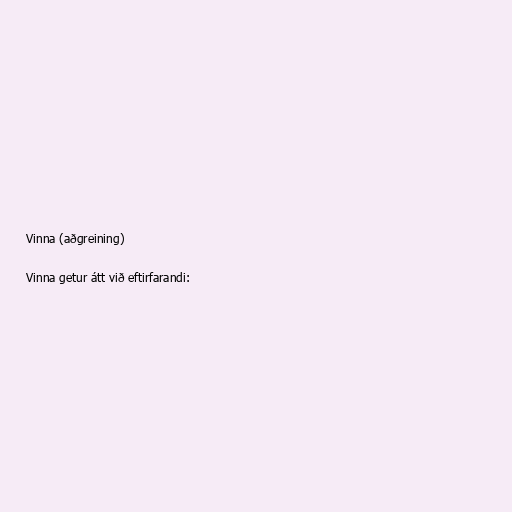
Vinna (aðgreining)

Vinna getur átt við eftirfarandi: